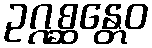
ဥဂ္ဂစ္ဆန္တေဝ